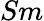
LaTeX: Sm